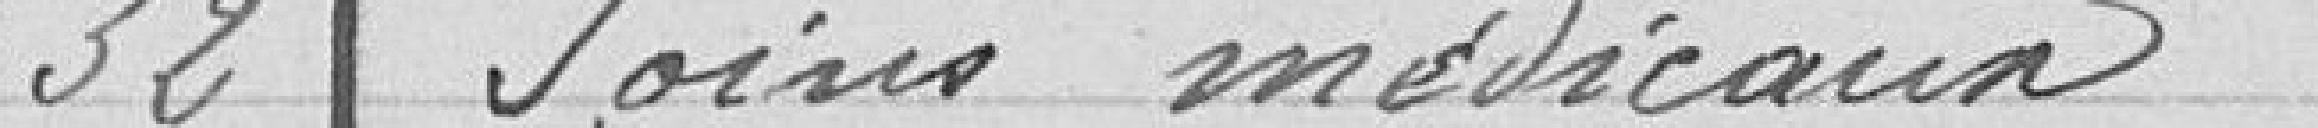
32 Soins médicaux